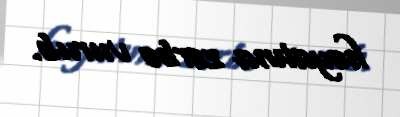
həyatına zərbə vurub.